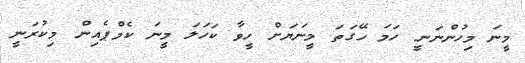
މީނަ މިހުންނަަނީ ހަމަ ހޭގަތަ މީނަޔަށް ހީވާ ކަހަލަ މީނަ ކެމްޕެއިން މިކުރަނީ